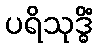
ပရိသုဒ္ဓိံ